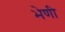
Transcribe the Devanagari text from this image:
भेणी